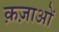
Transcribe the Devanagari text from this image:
क़ज़ाओं